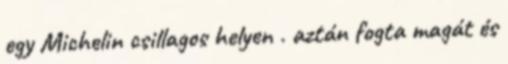
egy Michelin csillagos helyen . aztán fogta magát és